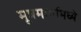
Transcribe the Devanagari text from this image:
मूत्रमार्गामध्ये